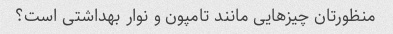
منظورتان چیزهایی مانند تامپون و نوار بهداشتی است؟